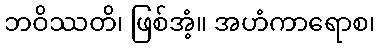
ဘဝိဿတိ၊ ဖြစ်အံ့။ အဟံကာရောစ၊